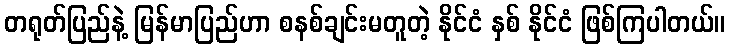
တရုတ်ပြည်နဲ့ မြန်မာပြည်ဟာ စနစ်ချင်းမတူတဲ့ နိုင်ငံ နှစ် နိုင်ငံ ဖြစ်ကြပါတယ်။